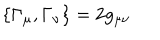
\left\{ \Gamma _ { \mu } , \Gamma _ { \nu } \right\} = 2 g _ { \mu \nu }